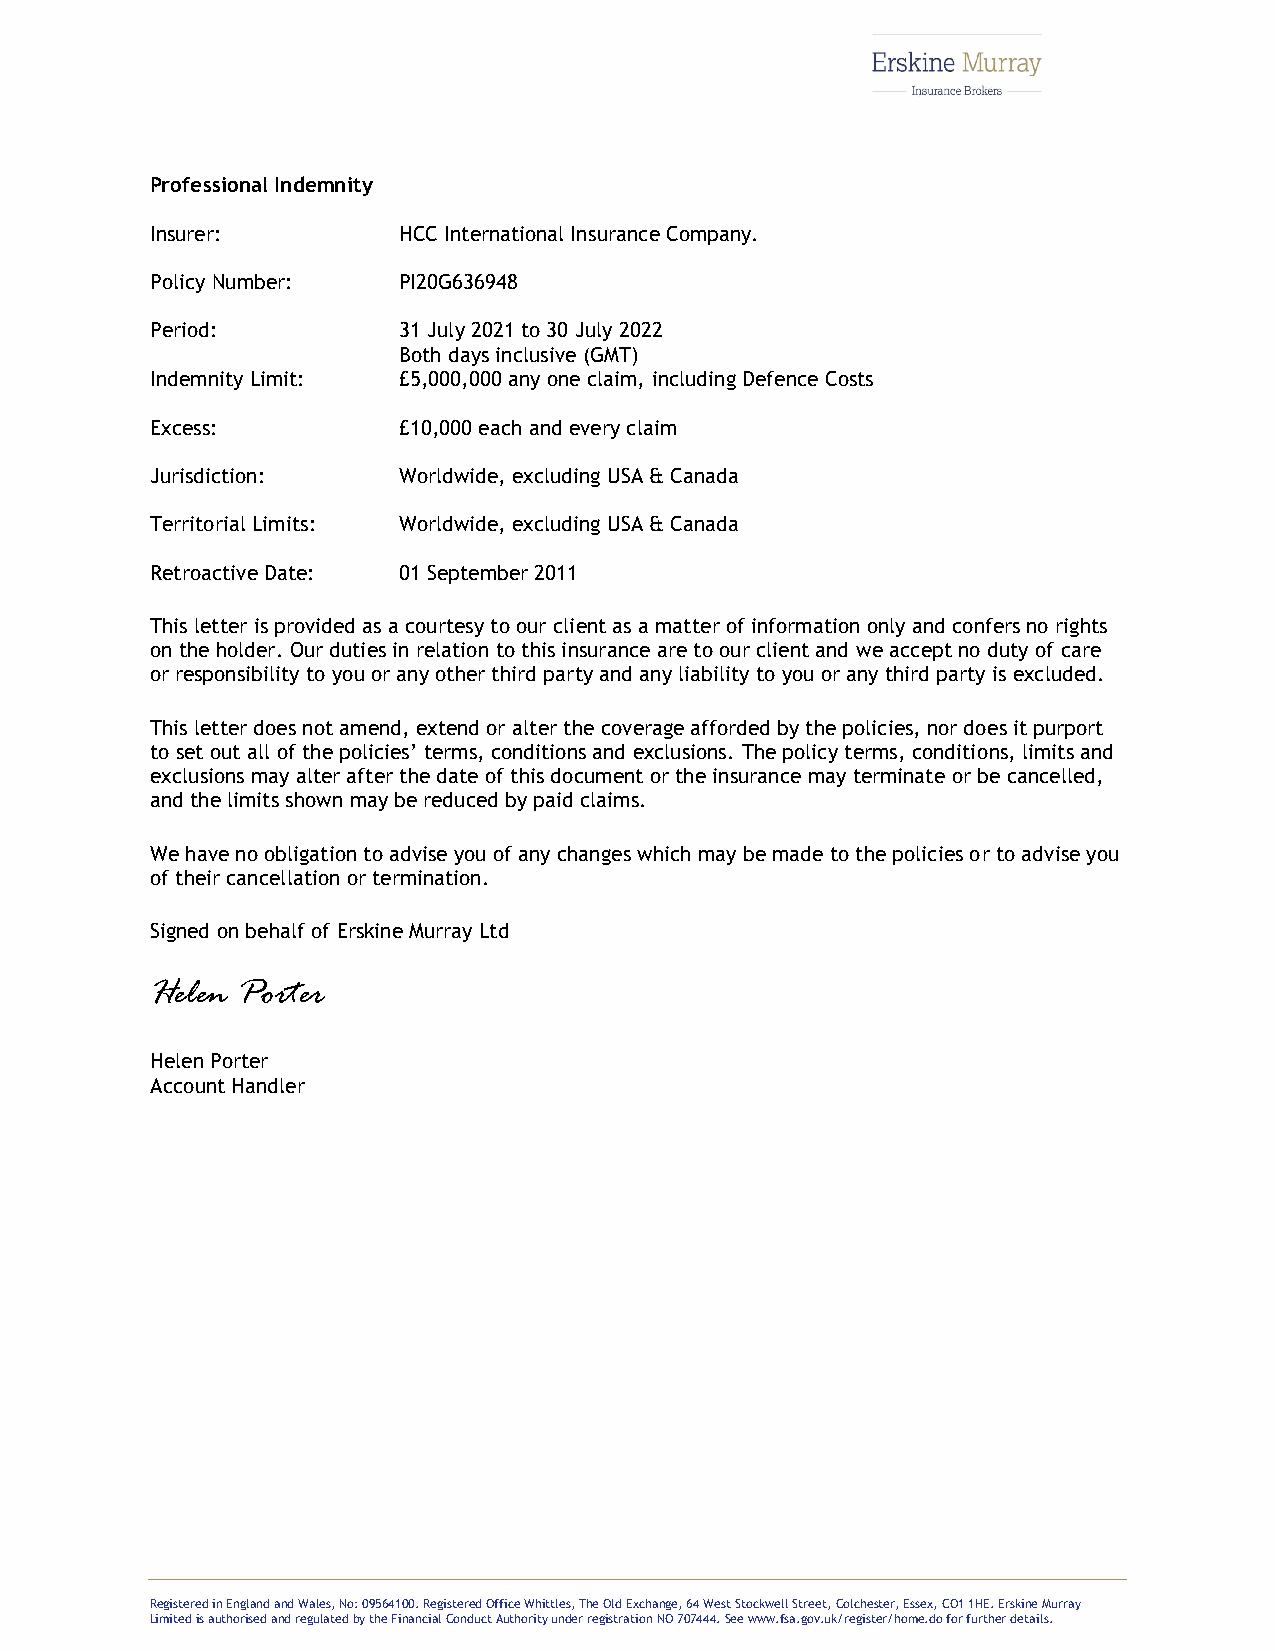
Professional Indemnity
 Insurer:        HCC International Insurance Company.
 Policy Number:  PI20G636948
 Period:         31 July 2021 to 30 July 2022
 B oth days inclusive (GMT)
 Indemnity Limit: £5,000,000 any one claim, including Defence Costs
 Excess:         £10,000 each and every claim
 Jurisdiction:   Worldwide, excluding USA & Canada
 Territorial Limits: Worldwide, excluding USA & Canada
 Retroactive Date: 01 September 2011
 This letter is provided as a courtesy to our client as a matter of information only and confers no rights
 on the holder. Our duties in relation to this insurance are to our client and we accept no duty of care
 or responsibility to you or any other third party and any liability to you or any third party is excluded.
 This letter does not amend, extend or alter the coverage afforded by the policies, nor does it purport
 to set out all of the policies’ terms, conditions and exclusions. The policy terms, conditions, limits and
 exclusions may alter after the date of this document or the insurance may terminate or be cancelled,
 and the limits shown may be reduced by paid claims.
 We have no obligation to advise you of any changes which may be made to the policies or to advise you
 of their cancellation or termination.
 Signed on behalf of Erskine Murray Ltd
 Helen Porter
 Helen Porter
 Account Handler
 Registered in England and Wales, No: 09564100. Registered Office Whittles, The Old Exchange, 64 West Stockwell Street, Colchester, Essex, CO1 1HE. Erskine Murray
 Limited is authorised and regulated by the Financial Conduct Authority under registration NO 707444. See www.fsa.gov.uk/register/home.do for further details.